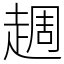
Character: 䞴